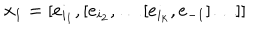
x _ { 1 } = [ e _ { i _ { 1 } } , [ e _ { i _ { 2 } } , \ldots [ e _ { i _ { k } } , e _ { - 1 } ] \ldots ] ]